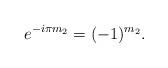
LaTeX: \begin{gather*}e^{-i\pi m_2} = (-1)^{m_2}.\end{gather*}